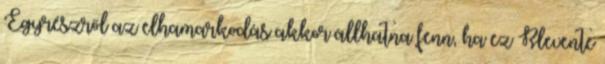
Egyrészről az elhamarkodás akkor állhatna fenn, ha ez Rlevente